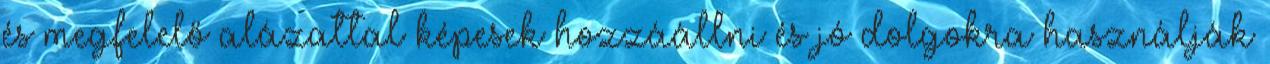
és megfelelő alázattal képesek hozzáállni és jó dolgokra használják